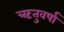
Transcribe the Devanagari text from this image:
ऋतुवर्षा